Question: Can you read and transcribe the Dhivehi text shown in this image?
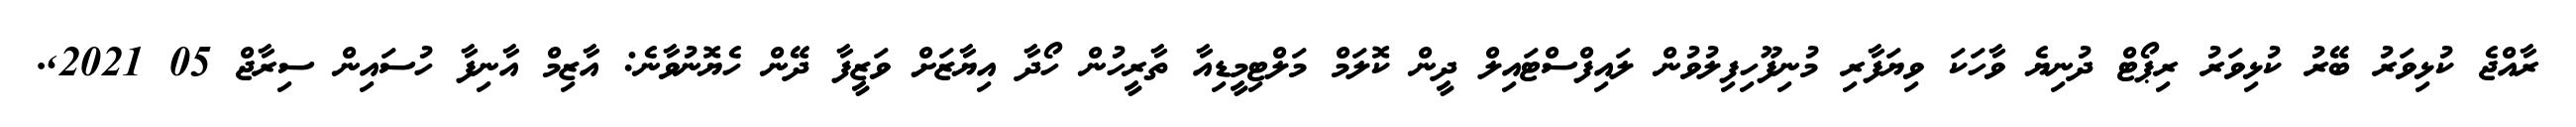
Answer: ރާއްޖެ ކުޅިވަރު ބޭރު ކުޅިވަރު ރިޕޯޓް ދުނިޔެ ވާހަކަ ވިޔަފާރި މުނިފޫހިފިލުވުން ލައިފްސްޓައިލް ދީން ކޮލަމް މަލްޓިމީޑިއާ ތާރީހުން ހޯދާ އިޔާޒަށް ވަޒީފާ ދޭން ހެޔޮނުވާނެ: އާޒިމް އާނިފާ ހުސައިން ސިރާޖް 05 2021,.